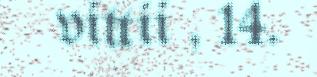
vittii , 14.